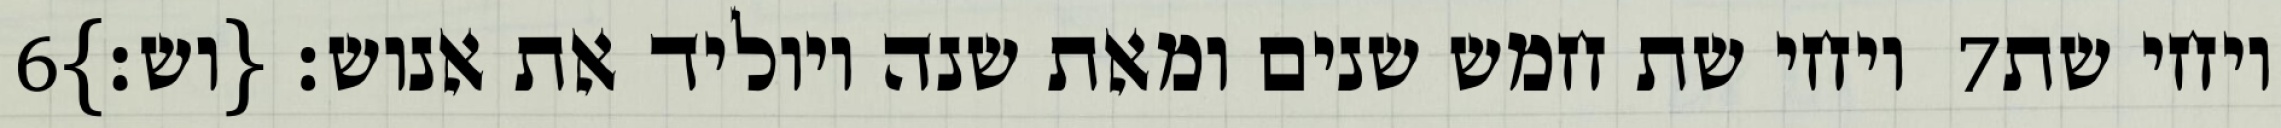
‎6‏ ויחי שת חמש שנים ומאת שנה ויוליד את אנוש׃ {וש׃} ‎7‏ ויחי שת